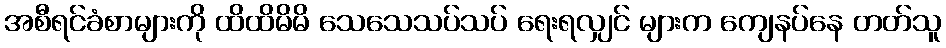
အစီရင်ခံစာများကို ထိထိမိမိ သေသေသပ်သပ် ရေးရလျှင် များက ကျေနပ်နေ တတ်သူ